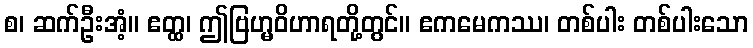
စ၊ ဆက်ဦးအံ့။ ဧတ္ထ၊ ဤဗြဟ္မဝိဟာရတို့တွင်။ ဧကမေကဿ၊ တစ်ပါး တစ်ပါးသော